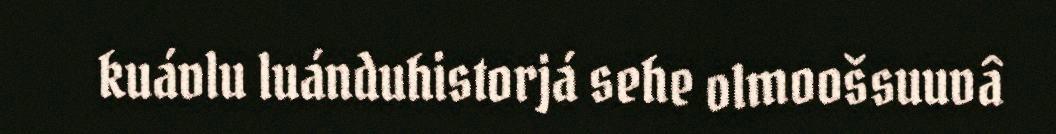
kuávlu luánduhistorjá sehe olmoošsuuvâ